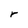
Character: r